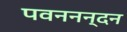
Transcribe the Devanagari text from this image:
पवननन्दन